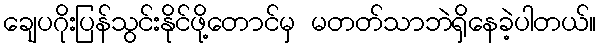
ချေပဂိုးပြန်သွင်းနိုင်ဖို့တောင်မှ မတတ်သာဘဲရှိနေခဲ့ပါတယ်။